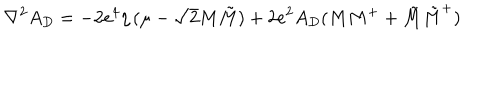
\nabla ^ { 2 } A _ { D } = - 2 e ^ { 4 } \eta \, ( \mu - \sqrt { 2 } M \tilde { M } ) + 2 e ^ { 2 } A _ { D } ( M M ^ { + } + \tilde { M } \tilde { M } ^ { + } )